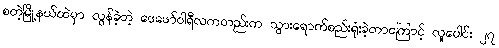
စတဲ့မြို့နယ်ထဲမှာ လွန်ခဲ့တဲ့ ဖေဖော်ဝါရီလကတည်းက သွားရောက်စည်းရုံးခဲ့တာကြောင့် လူပေါင်း ၂၇